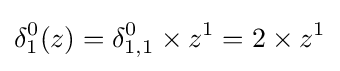
\delta _{1}^{0}(z)=\delta _{1,1}^{0}\times z^{1}=2\times z^{1}